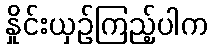
နှိုင်းယှဉ်ကြည့်ပါက